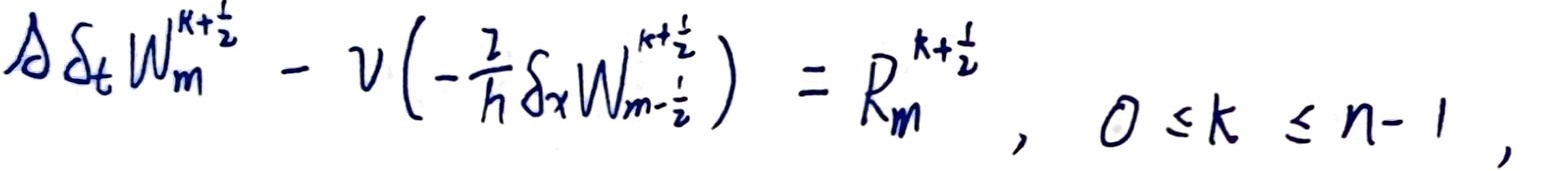
$\Delta \delta_{t} W_{m}^{k + \frac{1}{2}} - v \left( - \frac{2}{h} \delta_{x} W_{m - \frac{1}{2}}^{k + \frac{1}{2}} \right) = R_{m}^{k + \frac{1}{2}}, \ 0 \leq k \leq n - 1,$